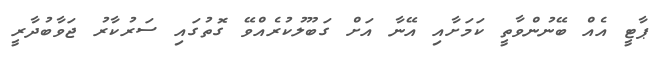
ޕާޓީ އެއް ބޭނުންވާތީ ކަމަށާއި އޭނާ އަށް ގަބޫލުކުރެއްވޭ ގޮތުގައި ސަރުކާރު ޖަވާބުދާރީ